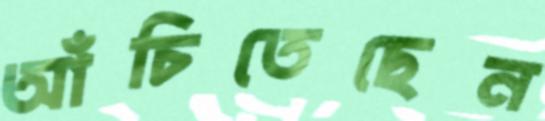
আঁচিতেছেন